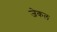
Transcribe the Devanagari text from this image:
जेकल